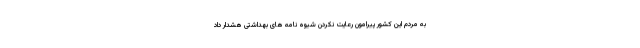
به مردم این کشور پیرامون رعایت نکردن شیوه نامه های بهداشتی هشدار داد